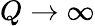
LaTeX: Q\rightarrow\infty